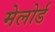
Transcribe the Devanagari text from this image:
मेलोर्ड